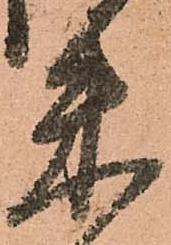
朱